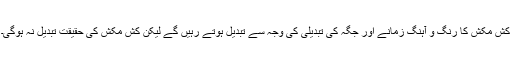
کش مکش کا رنگ و آہنگ زمانے اور جگہ کی تبدیلی کی وجہ سے تبدیل ہوتے رہیں گے لیکن کش مکش کی حقیقت تبدیل نہ ہوگی۔